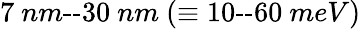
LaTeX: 7\ nm\textrm{--}30\ nm\ (\equiv 10\textrm{--}60\ meV)